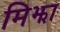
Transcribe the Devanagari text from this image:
मिझा